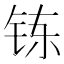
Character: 𮸀